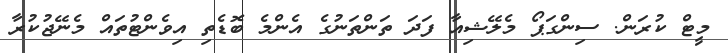
މީޓް ކުރަން. ސިންގަޕޯ މެލޭޝިއާ ފަދަ ތަންތަނުގެ އެންމެ ބޮޑެތި އިވެންޓުތައް މެނޭޖުކުރާ